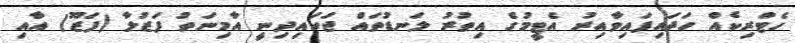
ހެޓްރިކެއް ހަދައިފައިވާއިރު އެޓީމުގެ އިތުރު ލަނޑުތައް ޖަހައިދިނީ އާމިނަތު ފަޒުލާ (ފަޒޫ) އާއި